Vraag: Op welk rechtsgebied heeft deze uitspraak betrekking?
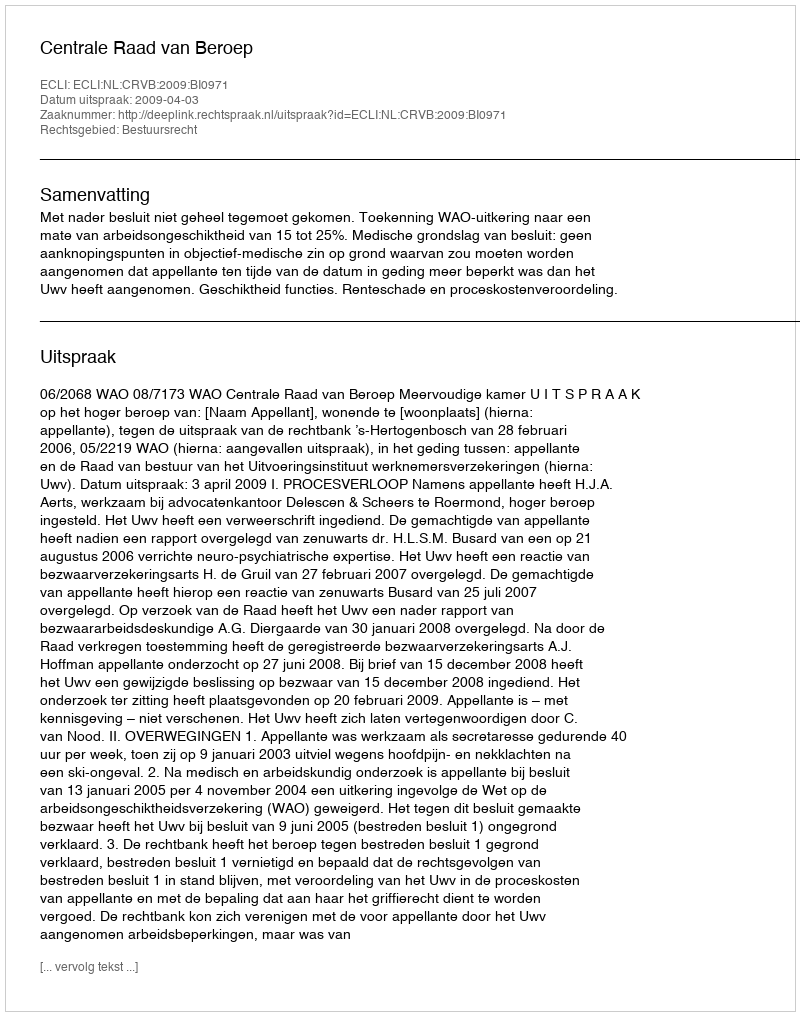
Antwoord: Bestuursrecht